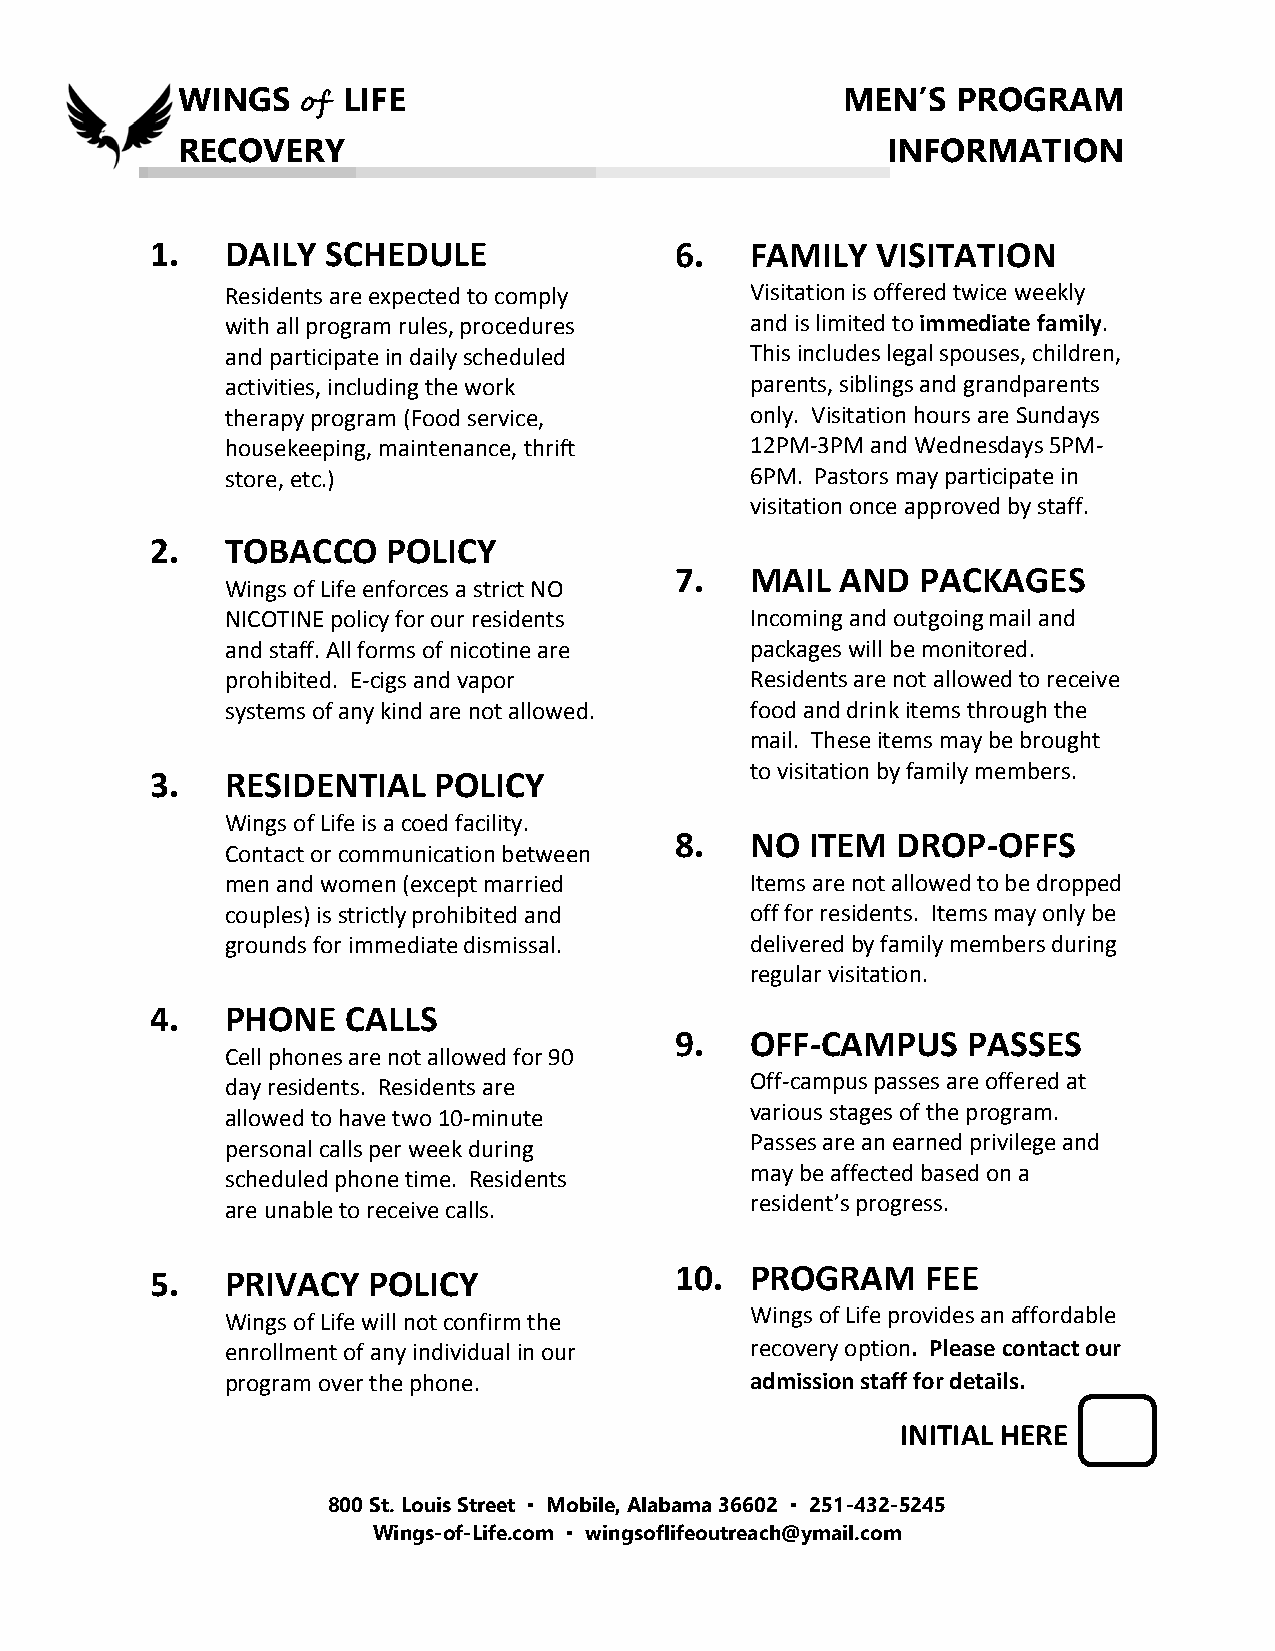
WINGS   of LIFE                             MEN’S  PROGRAM
 RECOVERY                                       INFORMATION
 1.   DAILY  SCHEDULE               6.   FAMILY  VISITATION
 Residents are expected to comply   Visitation is offered twice weekly
 with all program rules, procedures and is limited to immediate family.
 and participate in daily scheduled This includes legal spouses, children,
 activities, including the work     parents, siblings and grandparents
 therapy program (Food service,     only. Visitation hours are Sundays
 housekeeping, maintenance, thrift  12PM-3PM and Wednesdays 5PM-
 store, etc.)                       6PM. Pastors may participate in
 visitation once approved by staff.
 2.   TOBACCO    POLICY
 7.   MAIL  AND  PACKAGES
 Wings of Life enforces a strict NO
 NICOTINE policy for our residents  Incoming and outgoing mail and
 and staff. All forms of nicotine are packages will be monitored.
 prohibited. E-cigs and vapor       Residents are not allowed to receive
 systems of any kind are not allowed. food and drink items through the
 mail. These items may be brought
 to visitation by family members.
 3.   RESIDENTIAL   POLICY
 Wings of Life is a coed facility.
 8.   NO  ITEM DROP-OFFS
 Contact or communication between
 men and women (except married      Items are not allowed to be dropped
 couples) is strictly prohibited and off for residents. Items may only be
 grounds for immediate dismissal.   delivered by family members during
 regular visitation.
 4.   PHONE   CALLS
 9.   OFF-CAMPUS    PASSES
 Cell phones are not allowed for 90
 day residents. Residents are       Off-campus passes are offered at
 allowed to have two 10-minute      various stages of the program.
 personal calls per week during     Passes are an earned privilege and
 scheduled phone time. Residents    may be affected based on a
 are unable to receive calls.       resident’s progress.
 5.   PRIVACY  POLICY               10.  PROGRAM    FEE
 Wings of Life will not confirm the Wings of Life provides an affordable
 enrollment of any individual in our recovery option. Please contact our
 program over the phone.            admission staff for details.
 INITIAL HERE
 800 St. Louis Street ▪ Mobile, Alabama 36602 ▪ 251-432-5245
 Wings-of-Life.com ▪ wingsoflifeoutreach@ymail.com